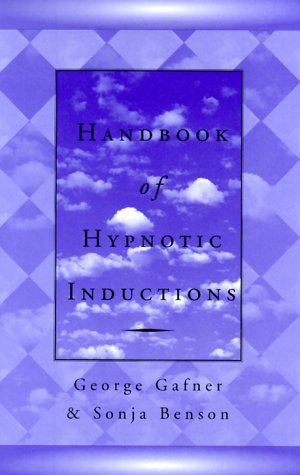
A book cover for Handbook of Hypnotic Inductions (Norton Professional Books); Sonja Benson; Health, Fitness & Dieting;